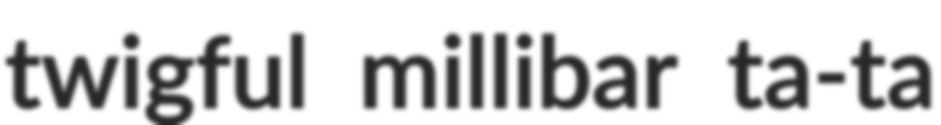
twigful millibar ta-ta